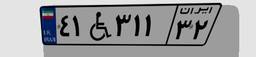
۴۱W۳۱۱۳۲